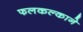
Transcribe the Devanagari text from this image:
फलकल्काने